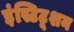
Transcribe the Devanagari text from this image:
इंस्टिटूशन